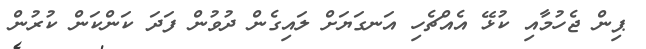
ޕިން ޖެހުމާއި ކުޅޭ އެއްޗެހި އަނގަޔަށް ލައިގެން ދުވުން ފަދަ ކަންކަން ކުރުން